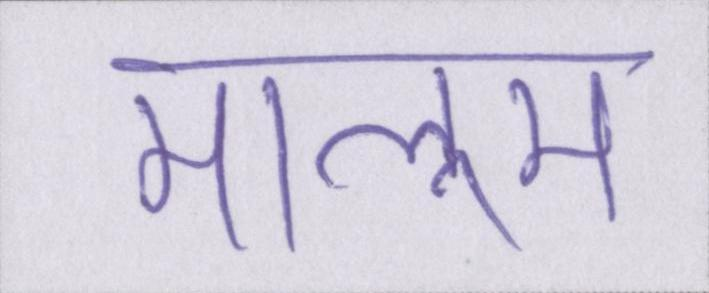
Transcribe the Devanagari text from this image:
मालूम